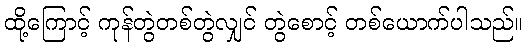
ထို့ကြောင့် ကုန်တွဲတစ်တွဲလျှင် တွဲစောင့် တစ်ယောက်ပါသည်။